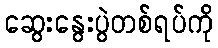
ဆွေးနွေးပွဲတစ်ရပ်ကို